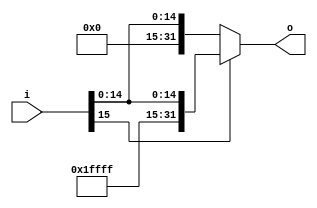
`timescale 1ns / 1ps
//////////////////////////////////////////////////////////////////////////////////
// Company: 
// Engineer: 
// 
// Design Name: 
// Module Name:    signExt_16T32 
// Project Name: 
// Target Devices: 
// Tool versions: 
// Description: 
//
// Dependencies: 
//
// Revision: 
// Revision 0.01 - File Created
// Additional Comments: 
//
//////////////////////////////////////////////////////////////////////////////////
module signExt_16T32(	input [15:0] i,
								output [31:0] o
							);
	assign o = i[15] ? {16'hFFFF,i[15:0]} : {16'h0000,i[15:0]};
endmodule